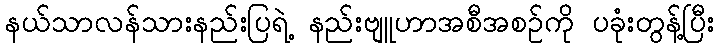
နယ်သာလန်သားနည်းပြရဲ့ နည်းဗျူဟာအစီအစဉ်ကို ပခုံးတွန့်ပြီး